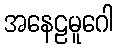
အနေဠမူဂေါ